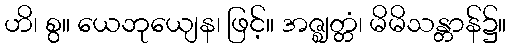
ဟိ၊ စွ။ ယေဘုယျေန၊ ဖြင့်။ အဇ္ဈတ္တံ၊ မိမိသန္တာန်၌။